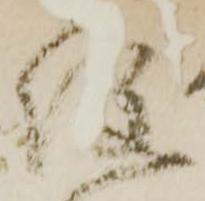
役